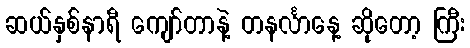
ဆယ်နှစ်နာရီ ကျော်တာနဲ့ တနင်္လာနေ့ ဆိုတော့ ကြီး